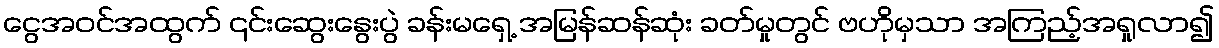
ငွေအဝင်အထွက် ၎င်းဆွေးနွေးပွဲ ခန်းမရှေ့ အမြန်ဆန်ဆုံး ခတ်မှုတွင် ဗဟိုမှသာ အကြည့်အရှုလာ၍